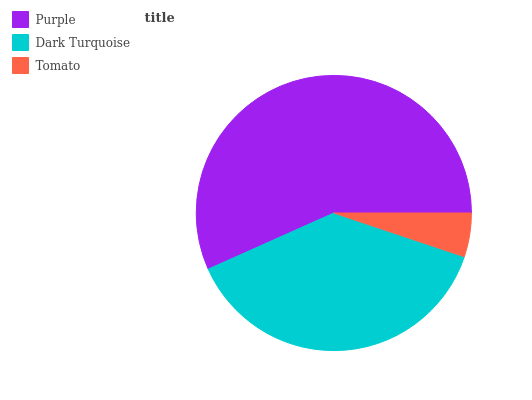
| Purple | Dark Turquoise | Tomato |
 | --- | --- | --- |
 | 56.7% | 38.2% | 5.14% |